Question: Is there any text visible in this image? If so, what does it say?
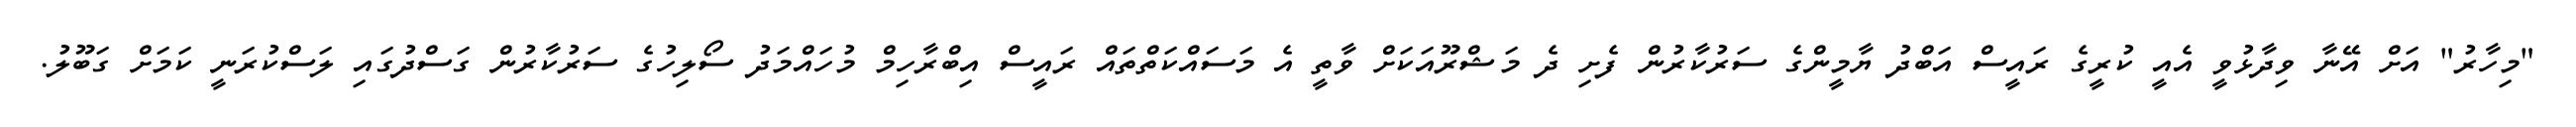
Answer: "މިހާރު" އަށް އޭނާ ވިދާޅުވީ އެއީ ކުރީގެ ރައީސް އަބްދު ޔާމީންގެ ސަރުކާރުން ފެށި ދެ މަޝްރޫއަކަށް ވާތީ އެ މަސައްކަތްތައް ރައީސް އިބްރާހިމް މުހައްމަދު ސޯލިހުގެ ސަރުކާރުން ގަސްދުގައި ލަސްކުރަނީ ކަމަށް ގަބޫލު.